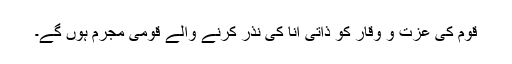
قوم کی عزت و وقار کو ذاتی انا کی نذر کرنے والے قومی مجرم ہوں گے۔